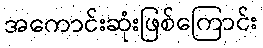
အကောင်းဆုံးဖြစ်ကြောင်း